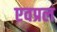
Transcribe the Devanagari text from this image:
एवप्रल